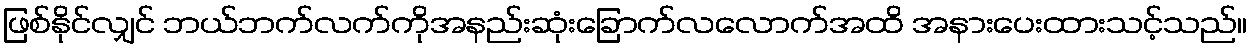
ဖြစ်နိုင်လျှင် ဘယ်ဘက်လက်ကိုအနည်းဆုံးခြောက်လလောက်အထိ အနားပေးထားသင့်သည်။